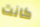
كانت